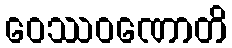
ဝေဿဝဏောတိ